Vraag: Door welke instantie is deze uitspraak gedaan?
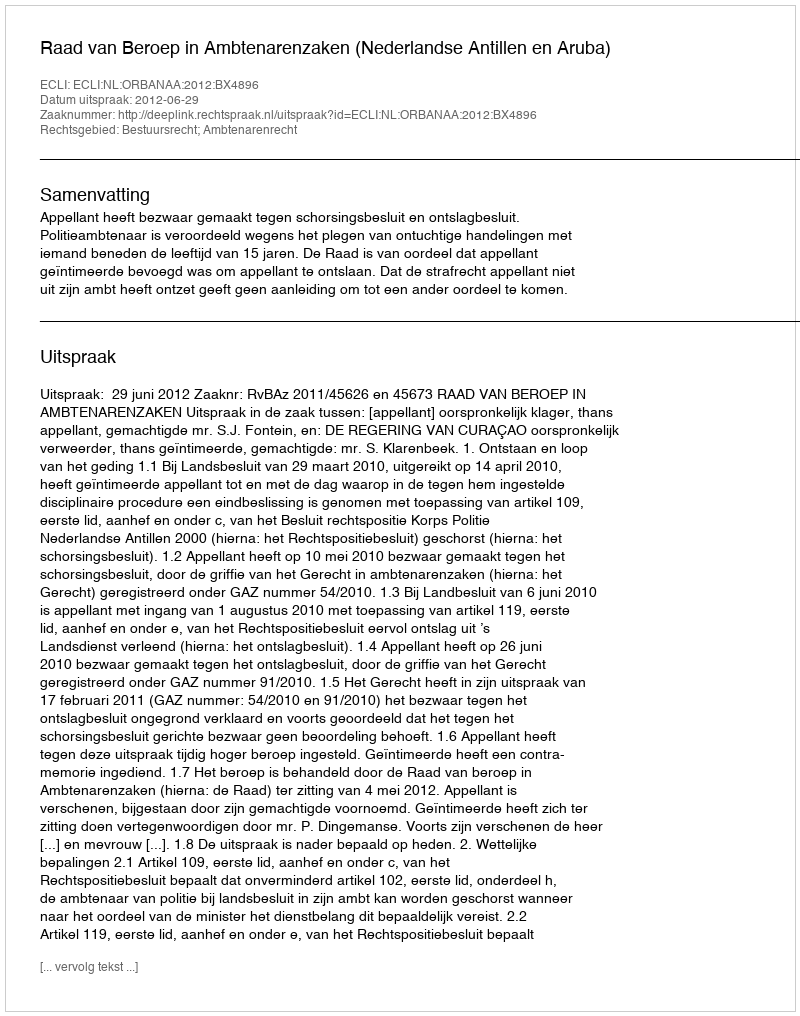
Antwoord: Raad van Beroep in Ambtenarenzaken (Nederlandse Antillen en Aruba)